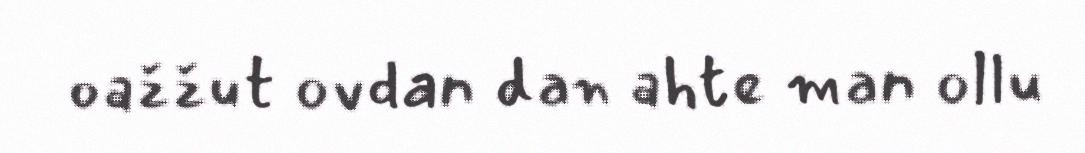
oažžut ovdan dan ahte man ollu